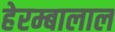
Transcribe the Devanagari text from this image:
हेरम्बालाल